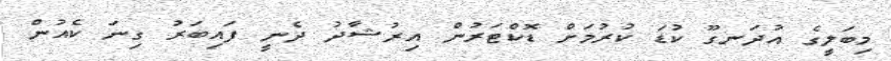
މިބަލީގެ އުދަނގޫ ކުޑަ ކުރުމަށް ޑޮކްޓަރުން އިރުޝާދު ދެނީ ފައިބަރު ގިނަ ކެއުން